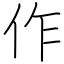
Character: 作